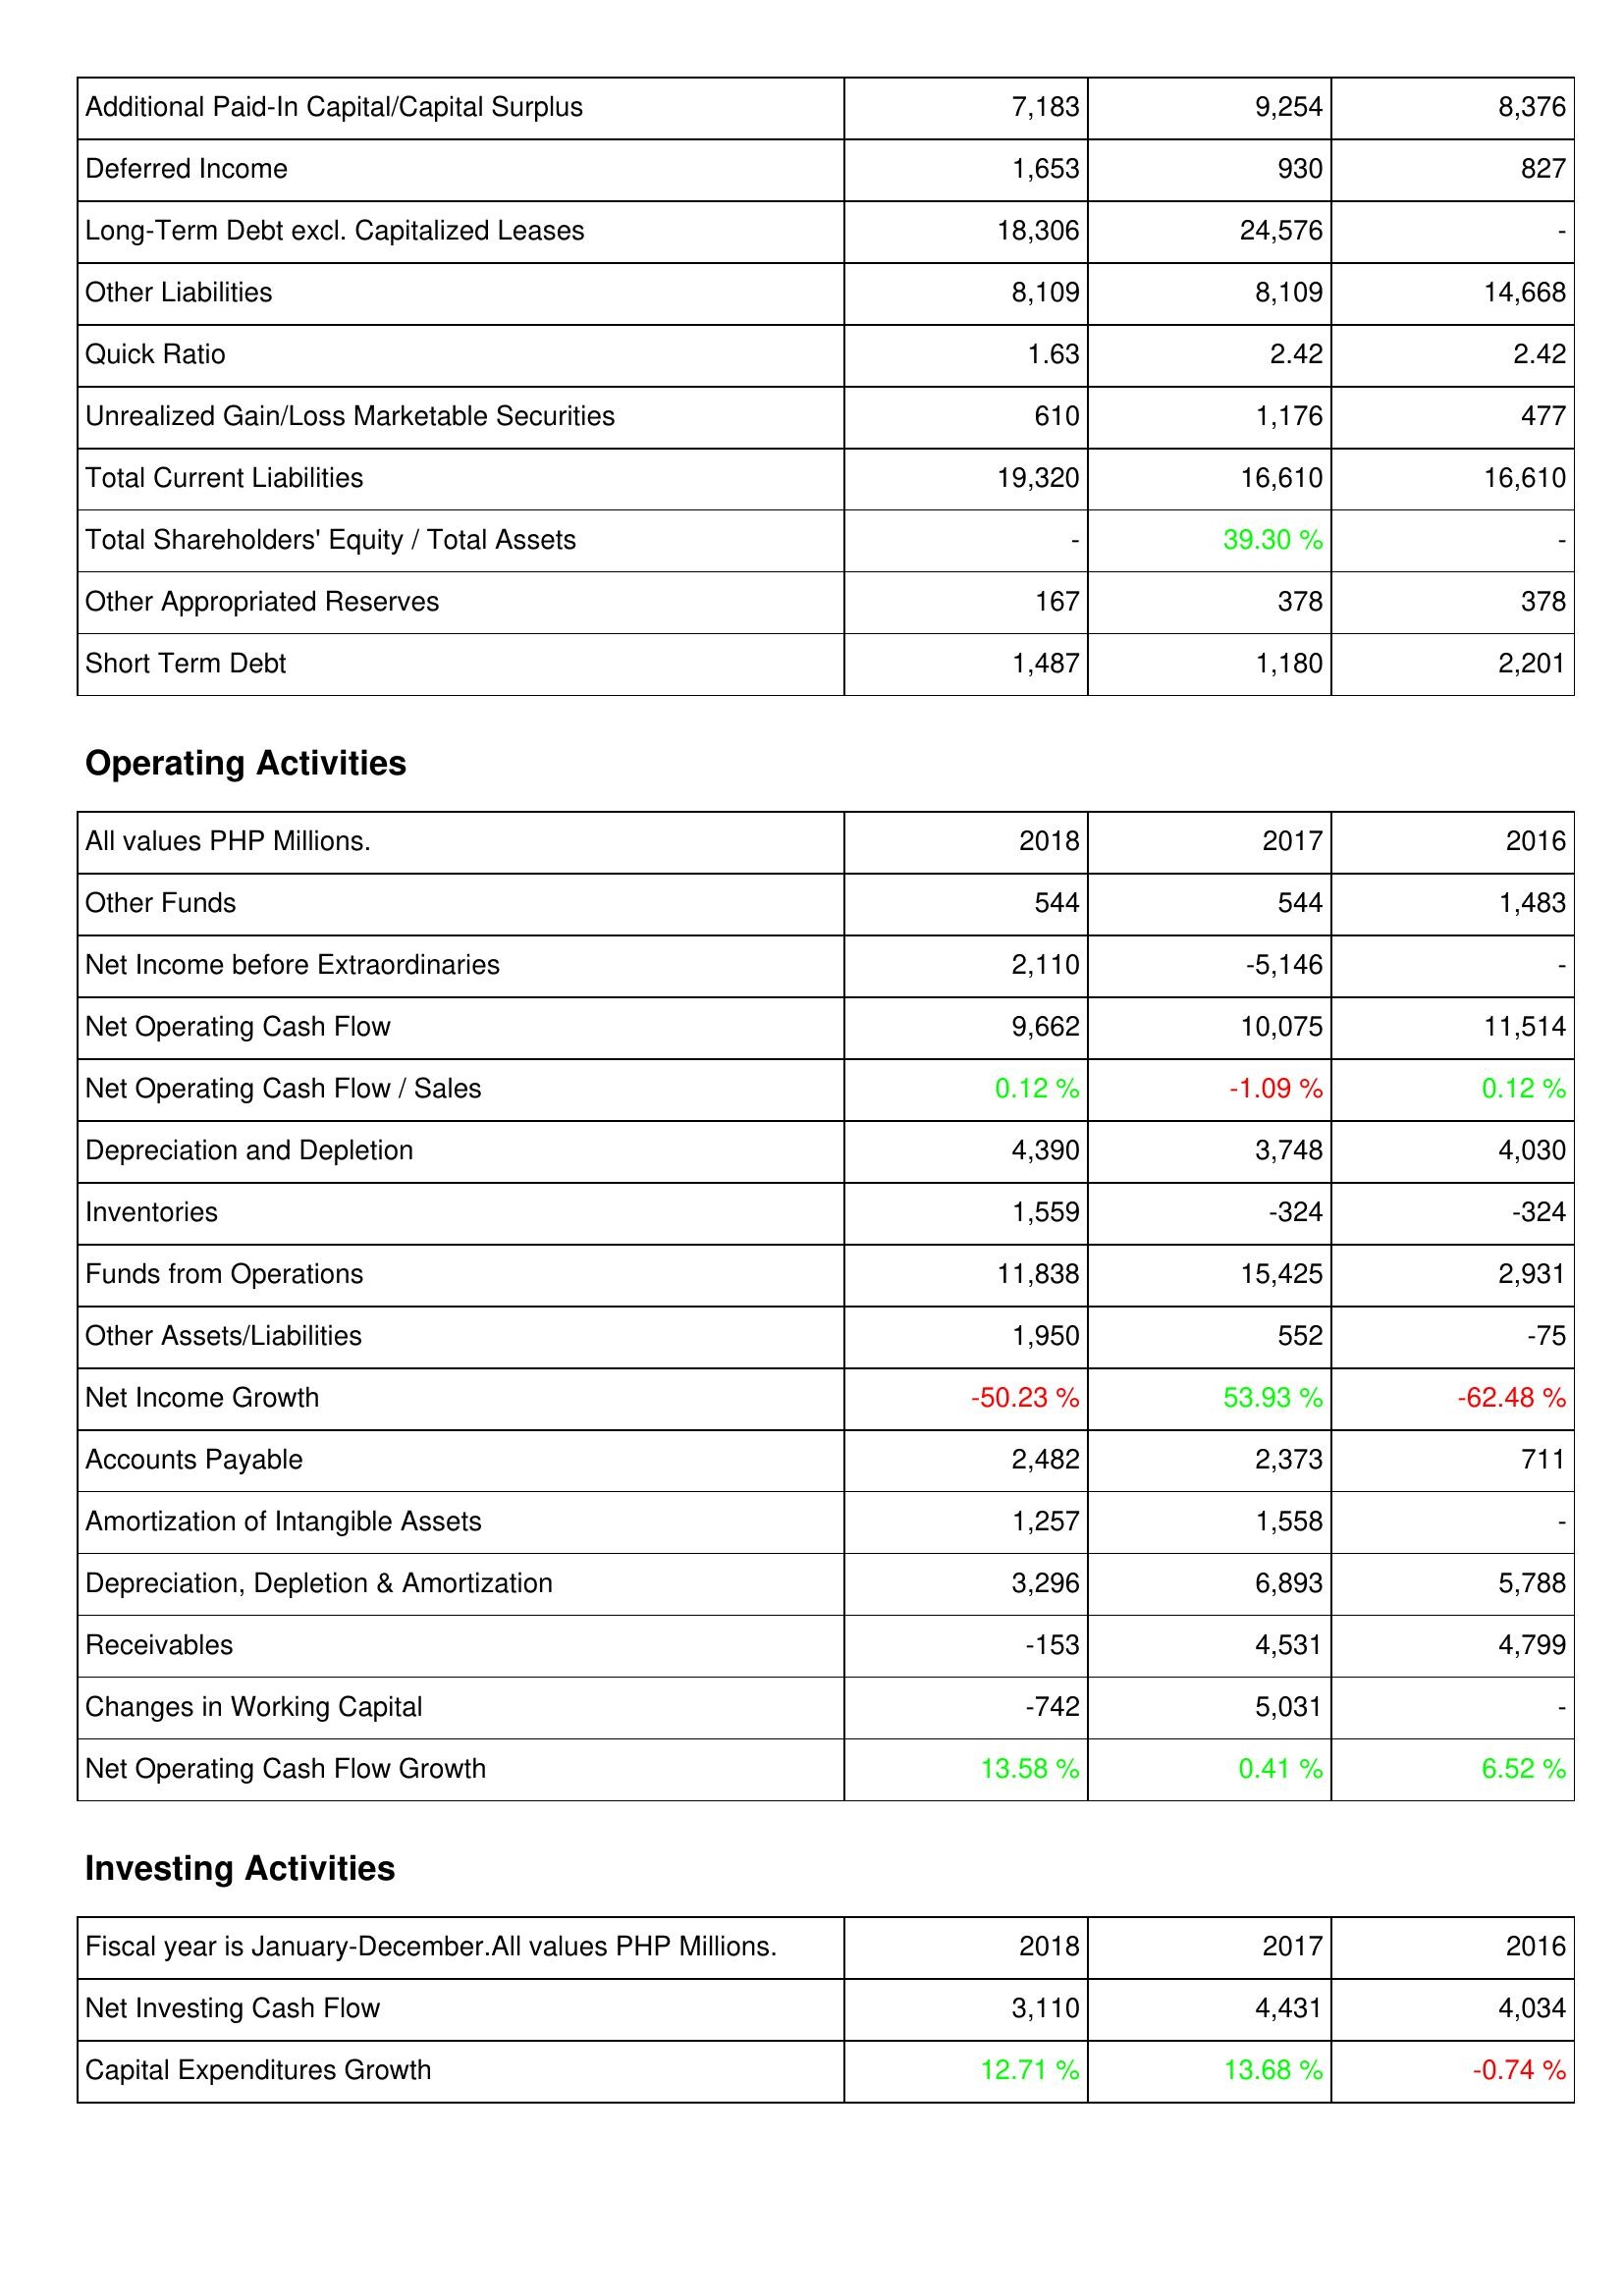
2018: Liabilities & Shareholders' Equity: Additional Paid-In Capital/Capital Surplus: 7,183
Deferred Income: 1,653
Long-Term Debt excl. Capitalized Leases: 18,306
Other Liabilities: 8,109
Quick Ratio: 1.63
Unrealized Gain/Loss Marketable Securities: 610
Total Current Liabilities: 19,320
Total Shareholders' Equity / Total Assets: -
Other Appropriated Reserves: 167
Short Term Debt: 1,487
Operating Activities: Other Funds: 544
Net Income before Extraordinaries: 2,110
Net Operating Cash Flow: 9,662
Net Operating Cash Flow / Sales: 0.12 %
Depreciation and Depletion: 4,390
Inventories: 1,559
Funds from Operations: 11,838
Other Assets/Liabilities: 1,950
Net Income Growth: -50.23 %
Accounts Payable: 2,482
Amortization of Intangible Assets: 1,257
Depreciation, Depletion & Amortization: 3,296
Receivables: -153
Changes in Working Capital: -742
Net Operating Cash Flow Growth: 13.58 %
Investing Activities: Net Investing Cash Flow: 3,110
Capital Expenditures Growth: 12.71 %
2017: Liabilities & Shareholders' Equity: Additional Paid-In Capital/Capital Surplus: 9,254
Deferred Income: 930
Long-Term Debt excl. Capitalized Leases: 24,576
Other Liabilities: 8,109
Quick Ratio: 2.42
Unrealized Gain/Loss Marketable Securities: 1,176
Total Current Liabilities: 16,610
Total Shareholders' Equity / Total Assets: 39.30 %
Other Appropriated Reserves: 378
Short Term Debt: 1,180
Operating Activities: Other Funds: 544
Net Income before Extraordinaries: -5,146
Net Operating Cash Flow: 10,075
Net Operating Cash Flow / Sales: -1.09 %
Depreciation and Depletion: 3,748
Inventories: -324
Funds from Operations: 15,425
Other Assets/Liabilities: 552
Net Income Growth: 53.93 %
Accounts Payable: 2,373
Amortization of Intangible Assets: 1,558
Depreciation, Depletion & Amortization: 6,893
Receivables: 4,531
Changes in Working Capital: 5,031
Net Operating Cash Flow Growth: 0.41 %
Investing Activities: Net Investing Cash Flow: 4,431
Capital Expenditures Growth: 13.68 %
2016: Liabilities & Shareholders' Equity: Additional Paid-In Capital/Capital Surplus: 8,376
Deferred Income: 827
Long-Term Debt excl. Capitalized Leases: -
Other Liabilities: 14,668
Quick Ratio: 2.42
Unrealized Gain/Loss Marketable Securities: 477
Total Current Liabilities: 16,610
Total Shareholders' Equity / Total Assets: -
Other Appropriated Reserves: 378
Short Term Debt: 2,201
Operating Activities: Other Funds: 1,483
Net Income before Extraordinaries: -
Net Operating Cash Flow: 11,514
Net Operating Cash Flow / Sales: 0.12 %
Depreciation and Depletion: 4,030
Inventories: -324
Funds from Operations: 2,931
Other Assets/Liabilities: -75
Net Income Growth: -62.48 %
Accounts Payable: 711
Amortization of Intangible Assets: -
Depreciation, Depletion & Amortization: 5,788
Receivables: 4,799
Changes in Working Capital: -
Net Operating Cash Flow Growth: 6.52 %
Investing Activities: Net Investing Cash Flow: 4,034
Capital Expenditures Growth: -0.74 %